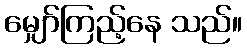
မျှော်ကြည့်နေ သည်။